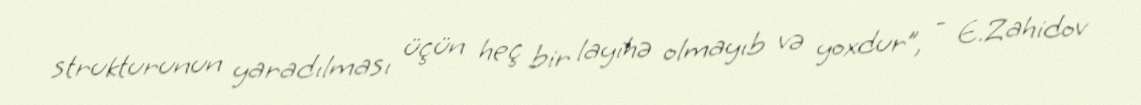
strukturunun yaradılması üçün heç bir layihə olmayıb və yoxdur”, - E.Zahidov